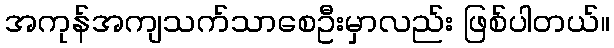
အကုန်အကျသက်သာစေဦးမှာလည်း ဖြစ်ပါတယ်။